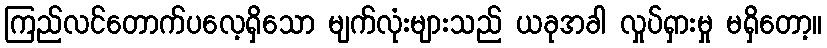
ကြည်လင်တောက်ပလေ့ရှိသော မျက်လုံးများသည် ယခုအခါ လှုပ်ရှားမှု မရှိတော့။